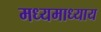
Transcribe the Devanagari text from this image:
मध्यमाध्याय